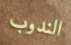
الندوب